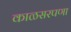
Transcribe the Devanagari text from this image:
काळसरपणा